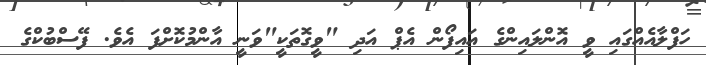
ހަފްލާއެއްގައި ވީ އޮންލައިންގެ އައިފޯން އެޕް އަދި "ވީގޮތަކީ"ވަނީ އާންމުކޮށްފަ އެވެ. ފޭސްބުކްގެ